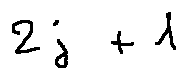
2 j + 1